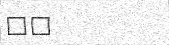
٧٥